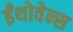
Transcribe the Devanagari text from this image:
ईंथोवेन्स